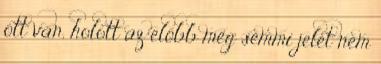
ott van, holott az előbb még semmi jelét nem